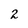
Character: 2